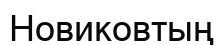
Новиковтың